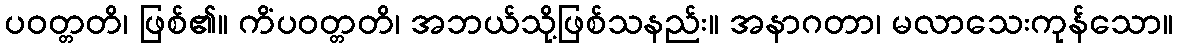
ပဝတ္တတိ၊ ဖြစ်၏။ ကိံပဝတ္တတိ၊ အဘယ်သို့ဖြစ်သနည်း။ အနာဂတာ၊ မလာသေးကုန်သော။